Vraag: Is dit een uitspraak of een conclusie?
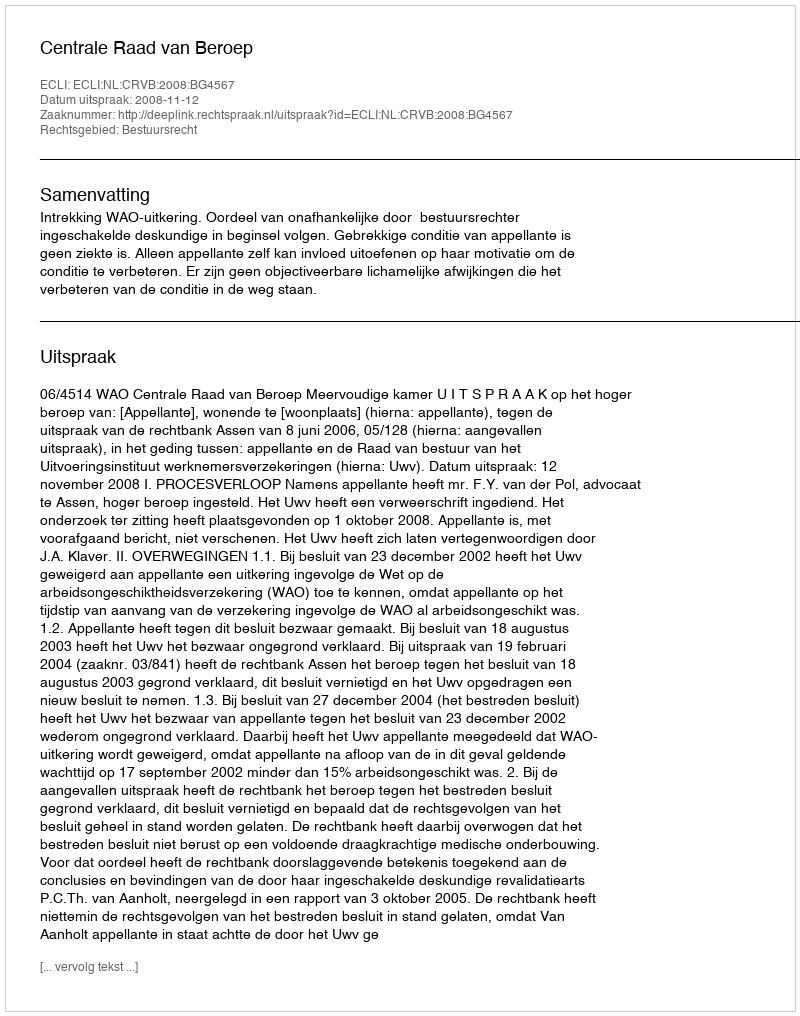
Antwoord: Uitspraak